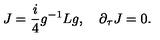
J = \frac { i } { 4 } g ^ { - 1 } L g , \quad \partial _ { \tau } J = 0 .